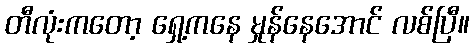
တီလုံးကတော့ ရှေ့ကနေ မှုန်နေအောင် လစ်ပြီ။